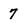
Character: 7